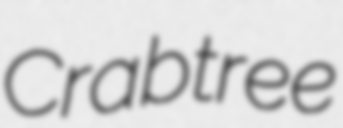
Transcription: Crabtree